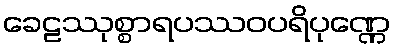
ခေဠဿုစ္စာရပဿဝပရိပုဏ္ဏေ